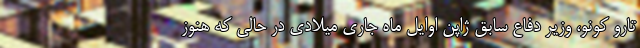
تارو کونو، وزیر دفاع سابق ژاپن اوایل ماه جاری میلادی در حالی که هنوز